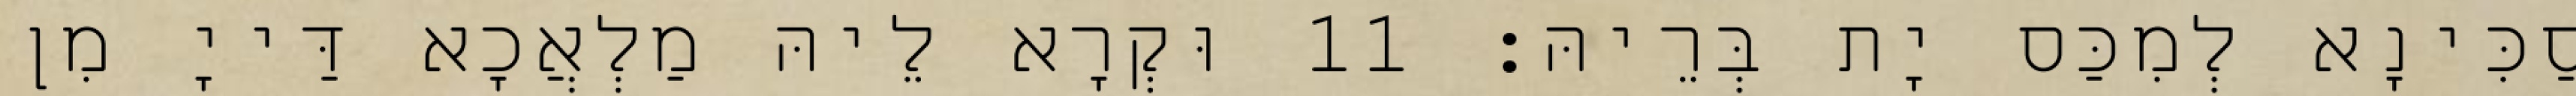
סַכִּינָא לְמִכַּס יָת בְּרֵיהּ׃ 11 וּקְרָא לֵיהּ מַלְאֲכָא דַּייָ מִן